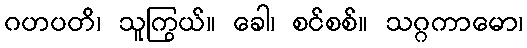
ဂဟပတိ၊ သူကြွယ်။ ခေါ၊ စင်စစ်။ သဂ္ဂကာမော၊